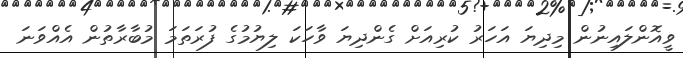
ވީއޮންލައިނުން މިދިޔަ އަހަރު ކުރިއަށް ގެންދިޔަ ވާހަކަ ލިޔުމުގެ ފުރަތަމަ މުބާރާތުން އެއްވަނަ